Indian journal of veterinary science and animal husbandry - Volumes 28-29, 1958-1959
Year: 1958
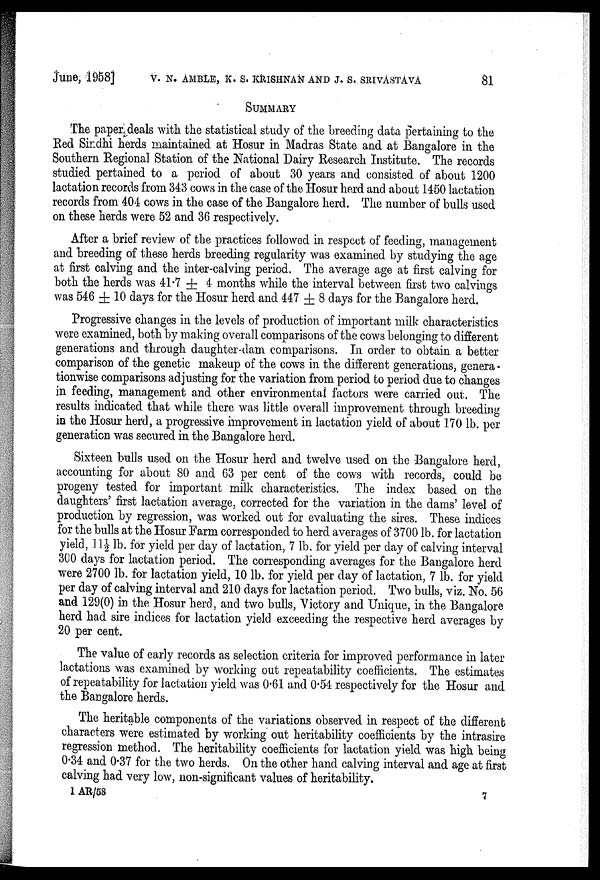
June, 1958] V. N. AMBLE, K. S. KRISHNAN AND J. S. SRIVASTAVA 81
SUMMARY
The paper deals with the statistical study of the breeding data pertaining to the
Red Sindhi herds maintained at Hosur in Madras State and at Bangalore in the
Southern Regional Station of the National Dairy Research Institute. The records
studied pertained to a period of about 30 years and consisted of about 1200
lactation records from 343 cows in the case of the Hosur herd and about 1450 lactation
records from 404 cows in the case of the Bangalore herd. The number of bulls used
on these herds were 52 and 36 respectively.
After a brief review of the practices followed in respect of feeding, management
and breeding of these herds breeding regularity was examined by studying the age
at first calving and the inter-calving period. The average age at first calving for
both the herds was 41.7 ± 4 months while the interval between first two calvings
was 546 ± 10 days for the Hosur herd and 447±8 days for the Bangalore herd.
Progressive changes in the levels of production of important milk characteristics
were examined, both by making overall comparisons of the cows belonging to different
generations and through daughter-dam comparisons. In order to obtain a better
comparison of the genetic makeup of the cows in the different generations, genera-
tionwise comparisons adjusting for the variation from period to period due to changes
in feeding, management and other environmental factors were carried out. The
results indicated that while there was little overall improvement through breeding
in the Hosur herd, a progressive improvement in lactation yield of about 170 lb. per
generation was secured in the Bangalore herd.
Sixteen bulls used on the Hosur herd and twelve used on the Bangalore herd,
accounting for about 80 and 63 per cent of the cows with records, could be
progeny tested for important milk characteristics. The index based on the
daughters' first lactation average, corrected for the variation in the dams' level of
production by regression, was worked out for evaluating the sires. These indices
for the bulls at the Hosur Farm corresponded to herd averages of 3700 lb. for lactation
yield, 11½ lb. for yield per day of lactation, 7 lb. for yield per day of calving interval
300 days for lactation period. The corresponding averages for the Bangalore herd
were 2700 lb. for lactation yield, 10 lb. for yield per day of lactation, 7 lb. for yield
per day of calving interval and 210 days for lactation period. Two bulls, viz. No. 56
and 129(0) in the Hosur herd, and two bulls, Victory and Unique, in the Bangalore
herd had sire indices for lactation yield exceeding the respective herd averages by
20 per cent.
The value of early records as selection criteria for improved performance in later
lactations was examined by working out repeatability coefficients. The estimates
of repeatability for lactation yield was 0.61 and 0.54 respectively for the Hosur and
the Bangalore herds.
The heritable components of the variations observed in respect of the different
characters were estimated by working out heritability coefficients by the intrasire
regression method. The heritability coefficients for lactation yield was high being
0.34 and 0.37 for the two herds. On the other hand calving interval and age at first
calving had very low, non-significant values of heritability.
1 AR/58
7